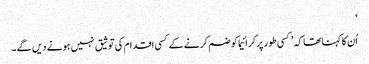
‘
اُن کا کہنا تھا کہ ’کسی طور پر کرائیما کو ضم کرنے کے کسی اقدام کی توثیق نہیں ہونے دیں گے۔